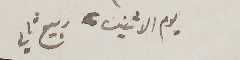
يوم الاثنين، ربيع ثاني